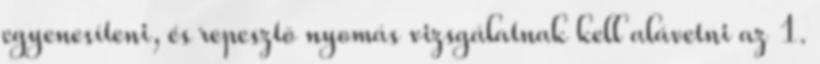
egyenesíteni, és repesztõ nyomás vizsgálatnak kell alávetni az 1.